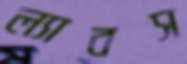
ল্যাবস